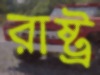
রাষ্ট্র